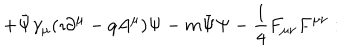
LaTeX: \hspace { 1 . 3 c m } + \bar { \Psi } \gamma _ { \mu } ( \imath \partial ^ { \mu } - q A ^ { \mu } ) \Psi - m \bar { \Psi } \Psi - { \frac { 1 } { 4 } } F _ { \mu \nu } F ^ { \mu \nu } : \hspace { 1 . 6 c m }